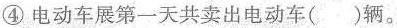
④电动车展第一天共卖出电动车()辆。